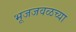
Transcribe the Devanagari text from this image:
भूजजवळच्या